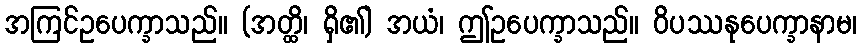
အကြင်ဥပေက္ခာသည်။ (အတ္ထိ၊ ရှိ၏) အယံ၊ ဤဥပေက္ခာသည်။ ဝိပဿနုပေက္ခာနာမ၊